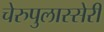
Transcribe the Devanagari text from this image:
चेरुपुलास्सेरी